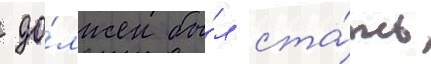
 до́лжен бы́л ста́ть